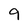
Character: 9